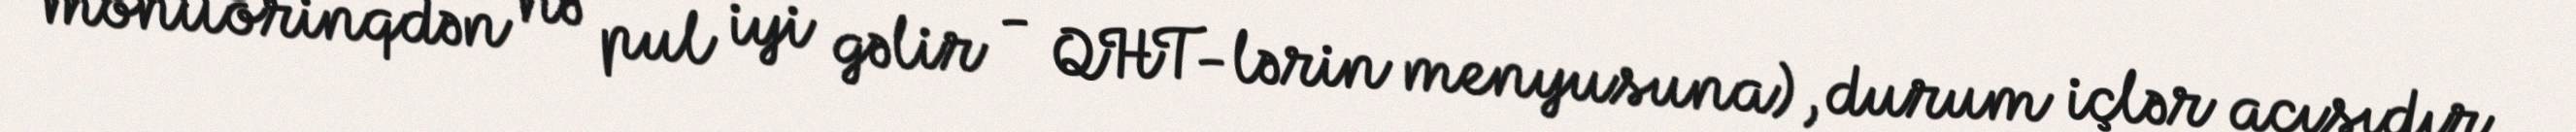
monitorinqdən nə pul iyi gəlir - QHT-lərin menyusuna), durum içlər acısıdır.